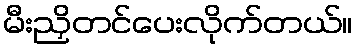
မီးညှိတင်ပေးလိုက်တယ်။